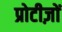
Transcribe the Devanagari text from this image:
प्रोटीज़ों